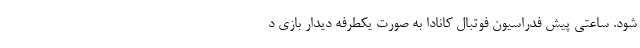
شود. ساعتی پیش فدراسیون فوتبال کانادا به صورت یکطرفه دیدار بازی د